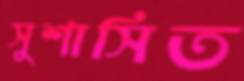
সুশাসিত